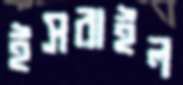
ইসরাইল